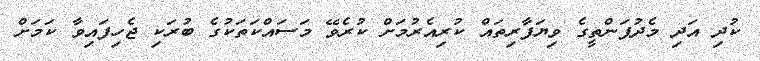
ކުދި އަދި މެދުފަންތީގެ ވިޔަފާރިތައް ކުރިއެރުމަށް ކުރެވޭ މަސައްކަތަކުގެ ބުރަކި ޖެހިފައިވާ ކަމަށް